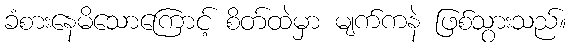
ခံစားနေမိသောကြောင့် စိတ်ထဲမှာ မျက်ကနဲ ဖြစ်သွားသည်။